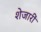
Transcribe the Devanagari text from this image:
शेजारीं